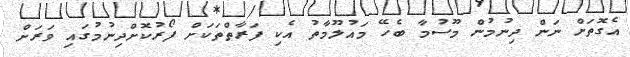
އެގޮތަށް ނަން ދިނުމުން މޫސުމާ ބެހޭ މައުލޫމާތު އެކި ފަރާތްތަކަށް ފޯރުކޮށްދިނުމުގައި ވަރަށް